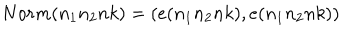
N o r m ( n _ { 1 } n _ { 2 } n k ) = ( e ( n _ { 1 } n _ { 2 } n k ) , e ( n _ { 1 } n _ { 2 } n k ) )